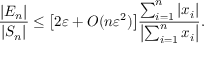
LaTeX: { \frac { | E _ { n } | } { | S _ { n } | } } \leq { \big [ } 2 \varepsilon + O ( n \varepsilon ^ { 2 } ) { \big ] } { \frac { \sum _ { i = 1 } ^ { n } | x _ { i } | } { \left| \sum _ { i = 1 } ^ { n } x _ { i } \right| } } .